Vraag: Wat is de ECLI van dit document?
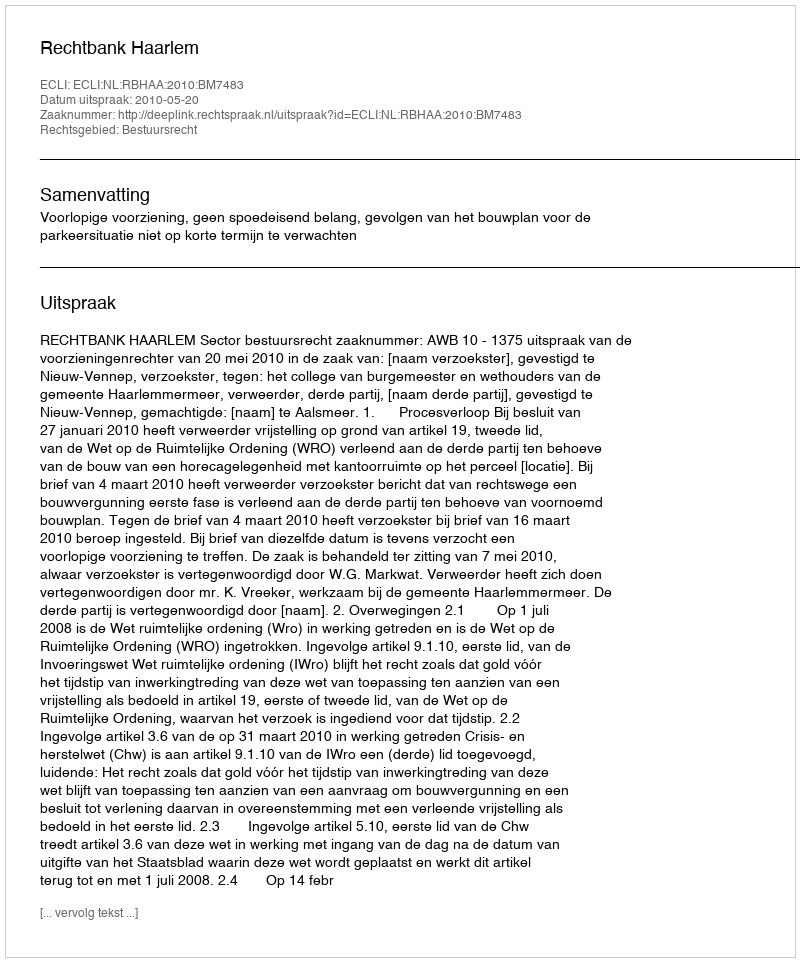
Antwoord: ECLI:NL:RBHAA:2010:BM7483